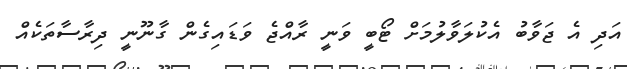
އަދި އެ ޖަވާބު އެކުލަވާލުމަށް ޓޯބީ ވަނީ ރާއްޖެ ވަޑައިގެން ގާނޫނީ ދިރާސާތަކެއް